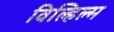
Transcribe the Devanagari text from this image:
विल्हिल्म